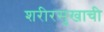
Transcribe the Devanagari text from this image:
शरीरसुखाची